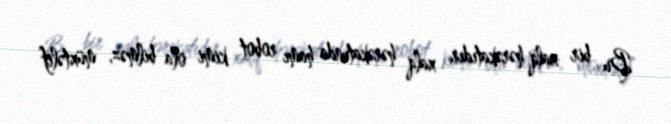
Bu bir xalq hərəkatıdır, xalq hərəkatında hamı robot kimi ola bilməz, müxtəlif